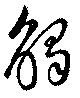
触